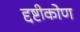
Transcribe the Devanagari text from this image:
द्दष्टीकोण